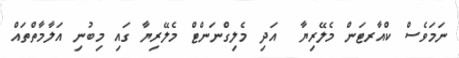
ނަމަވެސް ކްއާރޓަން މެލޭރިޔާ  އަދި މެލިގްނަންޓް މެލޭރިޔާ ގައި މިބުނި އަލާމާތްތައް